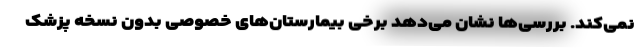
نمی‌کند. بررسی‌ها نشان می‌دهد برخی بیمارستان‌های خصوصی بدون نسخه پزشک